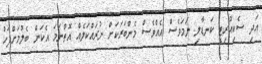
އަދި ސެކިއުރިޓީ ކަނޑާލި ނަމަވެސް އެއްވެސް މެންބަރަކަށް ނުރައްކަލެއް އޮތްނަމަ އެކަން ބެލުމަށްފަހު